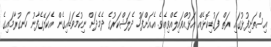
އިސްތަށިފުޅުގައި ރަތް ފަގުޑިކޮޅެއް އަޅުއްވައިލެއްވިއެވެ. އެއަށްފަހު ދެލަޝްކަރުގެ ދެމެދަށް ނިކުމެވަޑައިގެން އެކަލޭގެފާނު ހަނގުރާމައިގެ